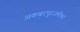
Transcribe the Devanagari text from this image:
अकबरपुरजमीमा